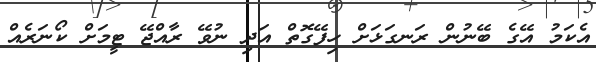
އެކަމު އޭގެ ބޭނުން ރަނގަޅަށް ހިފޭގޮތް އަދި ނުވޭ ރާއްޖޭ ޓީމަށް ކޯނަރެއް